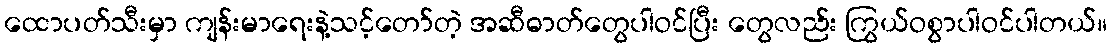
ထောပတ်သီးမှာ ကျန်းမာရေးနဲ့သင့်တော်တဲ့ အဆီဓာတ်တွေပါဝင်ပြီး တွေလည်း ကြွယ်ဝစွာပါဝင်ပါတယ်။